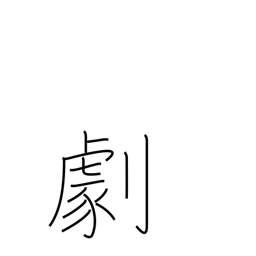
Meaning: drama